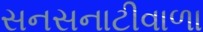
સનસનાટીવાળા